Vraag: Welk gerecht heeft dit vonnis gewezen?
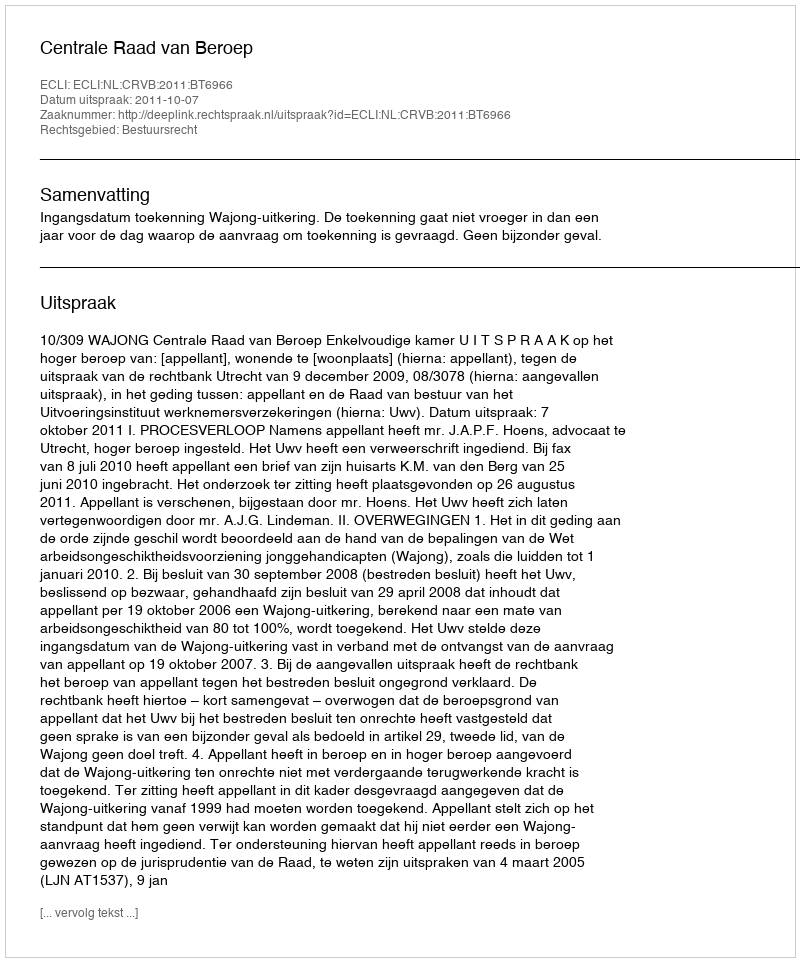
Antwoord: Centrale Raad van Beroep